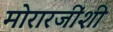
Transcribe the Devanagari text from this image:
मोरारजींशी